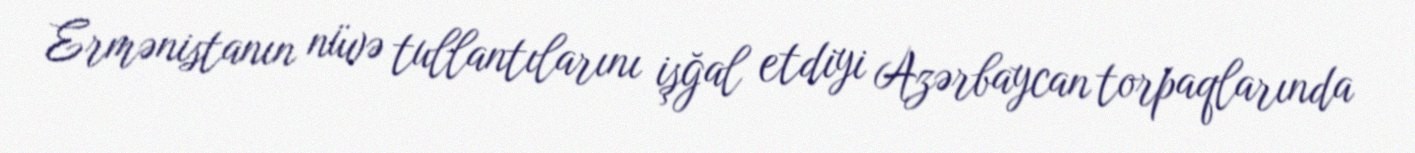
Ermənistanın nüvə tullantılarını işğal etdiyi Azərbaycan torpaqlarında